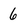
Character: 6